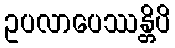
ဥပလာပေဿန္တိပိ